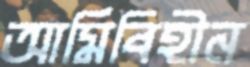
আর্মিবিহীন